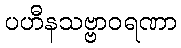
ပဟီနသဗ္ဗာဝရဏာ